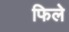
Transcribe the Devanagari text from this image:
फिले